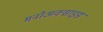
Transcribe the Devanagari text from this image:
मनोअक्‍साइड